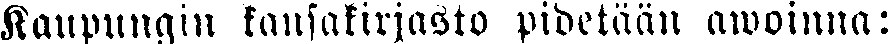
Kaupunqiu kansakirjasto pidetään awoinna: